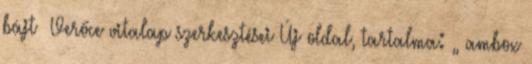
bájt ‎Verőce vitalap szerkesztései Új oldal, tartalma: „ ambox